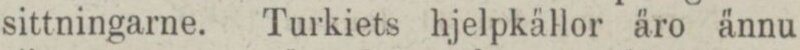
sittningarne. Turkiets hjelpkällor äro ännu